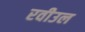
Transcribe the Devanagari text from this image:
रवीउल